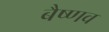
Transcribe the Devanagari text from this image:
बैष्णव